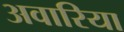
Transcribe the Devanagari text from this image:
अवारिया